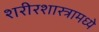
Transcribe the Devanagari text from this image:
शरीरशास्त्रामध्ये